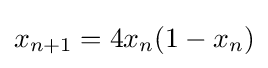
x_{n+1}=4x_{n}(1-x_{n})